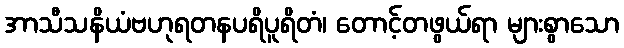
အာသီသနိယံဗဟုရတနပရိပူရိတံ၊ တောင့်တဖွယ်ရာ များစွာသော